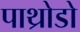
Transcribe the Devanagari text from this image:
पाथ्रोडो